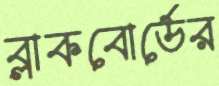
ব্লাকবোর্ডের